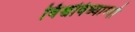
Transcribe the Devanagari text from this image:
विश्वविध्याम्यो